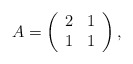
\begin{align*}A=\left( \begin{array}{cc} 2 & 1 \\ 1 & 1 \\ \end{array} \right),\end{align*}